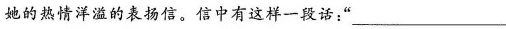
她的热情洋溢的表扬信。信中有这样一段话：“___